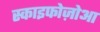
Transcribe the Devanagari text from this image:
स्काइफोज़ोआ